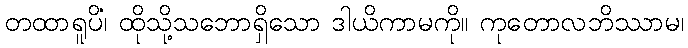
တထာရူပိံ၊ ထိုသို့သဘောရှိသော ဒါယိကာမကို။ ကုတောလဘိဿာမ၊